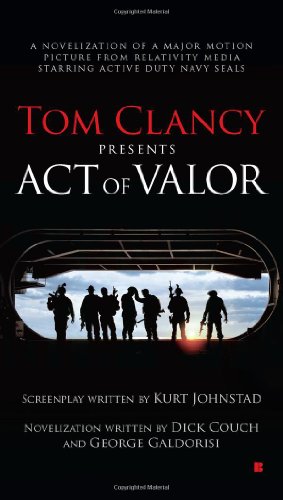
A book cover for Tom Clancy Presents: Act of Valor; Dick Couch; Literature & Fiction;